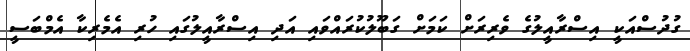
ގުދުސްއަކީ އިސްރާއީލުގެ ވެރިރަށް ކަމަށް ގަބޫލުކުރައްވައި އަދި އިސްރާއީލުގައި ހުރި އެމެރިކާ އެމްބަސީ